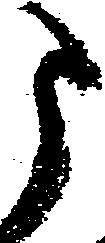
う